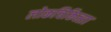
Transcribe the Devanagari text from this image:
लोकचिकित्सा